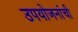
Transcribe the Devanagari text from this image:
उपयोजनांची